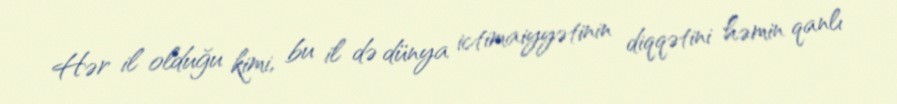
Hər il olduğu kimi, bu il də dünya ictimaiyyətinin diqqətini həmin qanlı